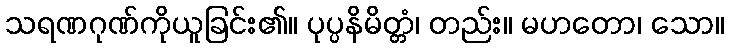
သရဏဂုဏ်ကိုယူခြင်း၏။ ပုပ္ပနိမိတ္တံ၊ တည်း။ မဟတော၊ သော။